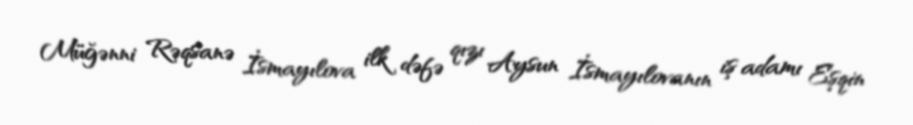
Müğənni Rəqsanə İsmayılova ilk dəfə qızı Aysun İsmayılovanın iş adamı Eşqin